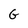
Character: G